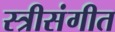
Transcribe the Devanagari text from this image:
स्त्रीसंगीत